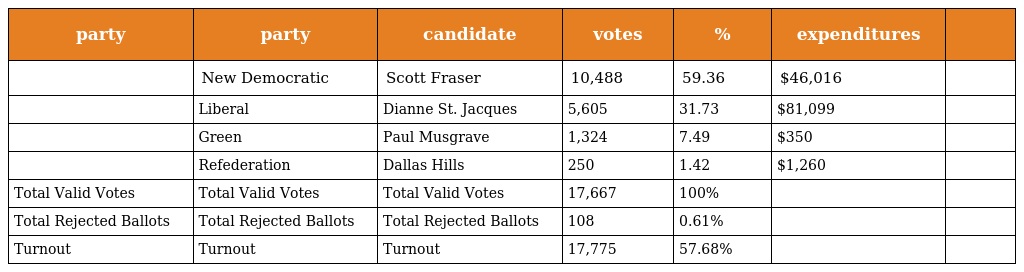
| party | party | candidate | votes | % | expenditures |  |
 | --- | --- | --- | --- | --- | --- | --- |
 |  | New Democratic | Scott Fraser | 10,488 | 59.36 | $46,016 |  |
 |  | Liberal | Dianne St. Jacques | 5,605 | 31.73 | $81,099 |  |
 |  | Green | Paul Musgrave | 1,324 | 7.49 | $350 |  |
 |  | Refederation | Dallas Hills | 250 | 1.42 | $1,260 |  |
 | Total Valid Votes | Total Valid Votes | Total Valid Votes | 17,667 | 100% |  |  |
 | Total Rejected Ballots | Total Rejected Ballots | Total Rejected Ballots | 108 | 0.61% |  |  |
 | Turnout | Turnout | Turnout | 17,775 | 57.68% |  |  |